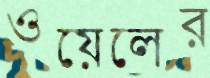
ওয়েলের